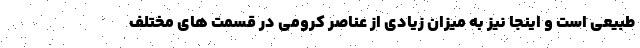
طبیعی است و اینجا نیز به میزان زیادی از عناصر کرومی در قسمت های مختلف